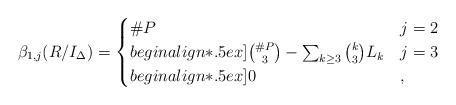
LaTeX: \begin{align*}\beta_{1, j} (R/I_{\Delta}) = \begin{cases}\# P & j = 2 \\begin{align*}.5ex]\binom{\# P}{3} - \sum_{k \ge 3} \binom{k}{3} L_k & j = 3 \\begin{align*}.5ex]0 & ,\end{cases}\end{align*}